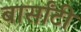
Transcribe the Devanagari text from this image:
बार्सांटी